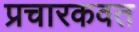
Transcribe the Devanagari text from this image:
प्रचारकवत